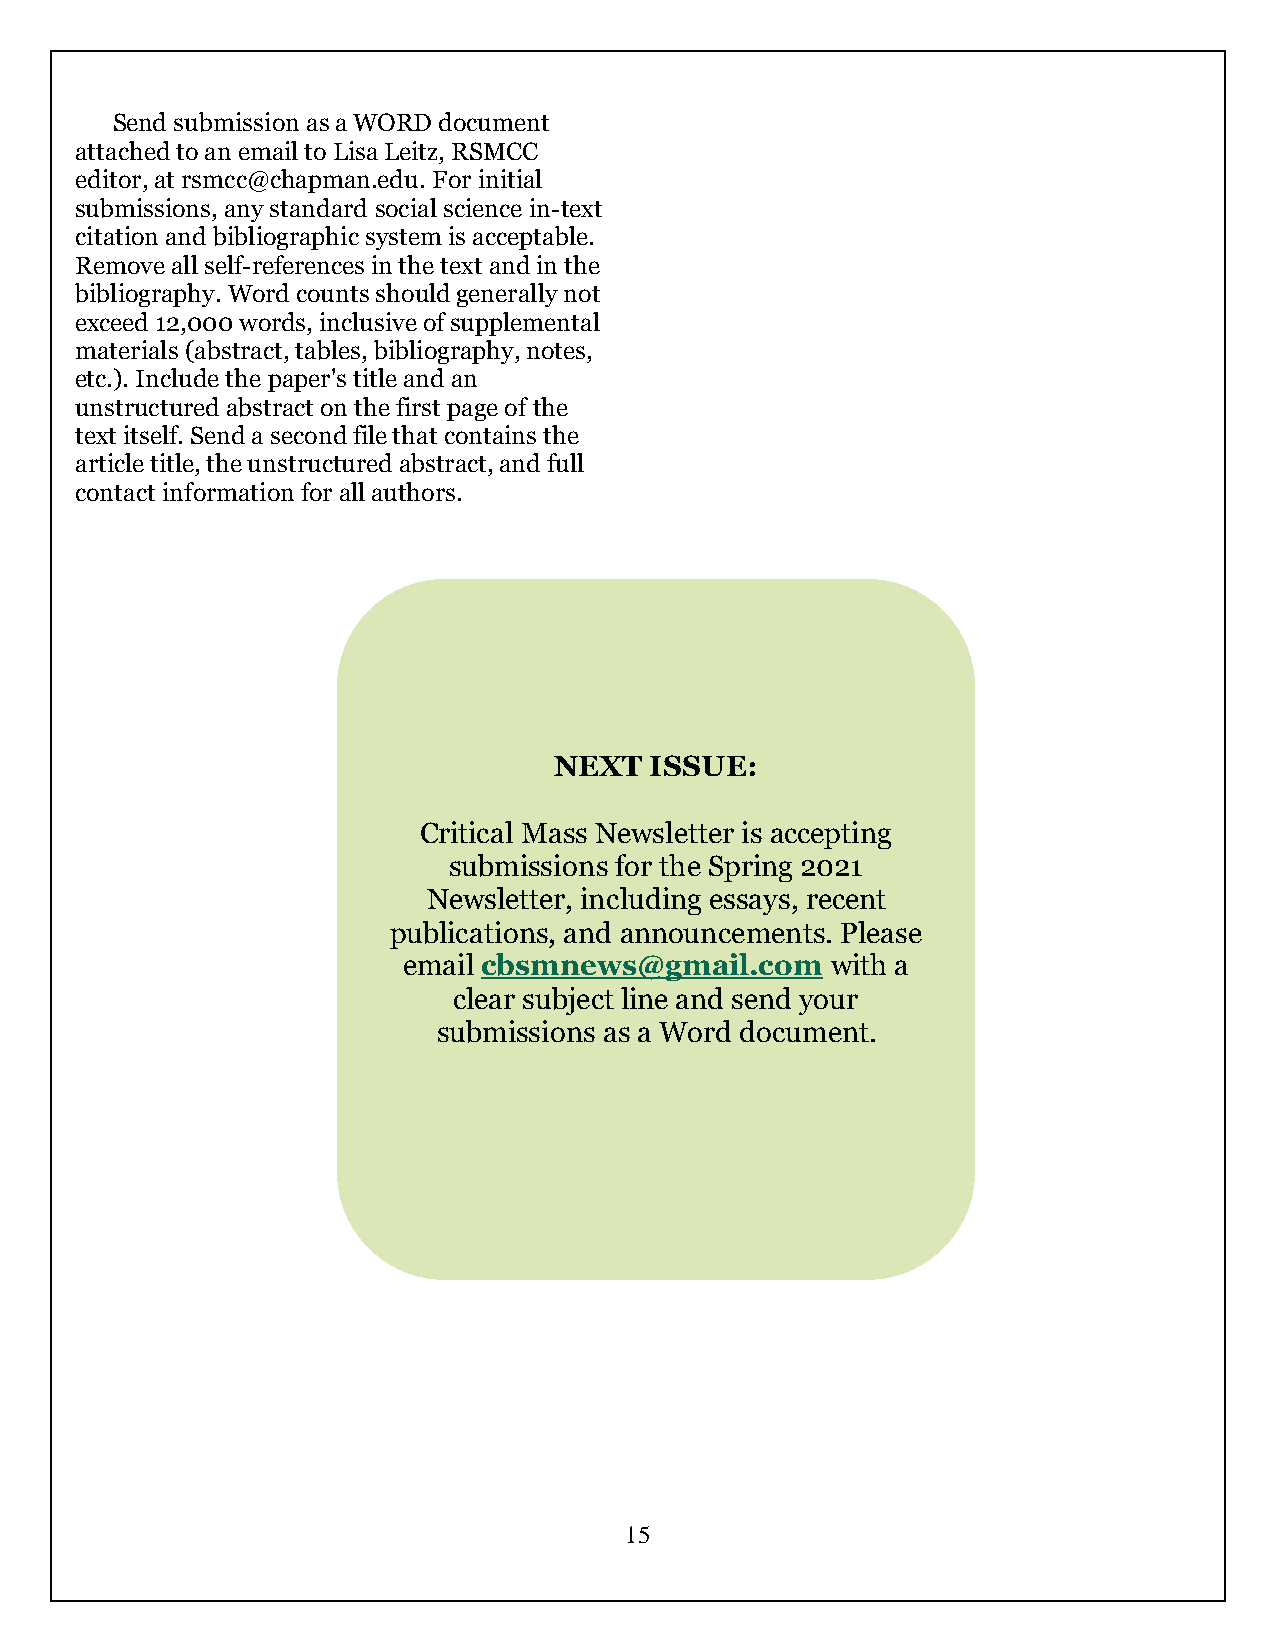
Send submission as a WORD document
 attached to an email to Lisa Leitz, RSMCC
 editor, at rsmcc@chapman.edu. For initial
 submissions, any standard social science in-text
 citation and bibliographic system is acceptable.
 Remove all self-references in the text and in the
 bibliography. Word counts should generally not
 exceed 12,000 words, inclusive of supplemental
 materials (abstract, tables, bibliography, notes,
 etc.). Include the paper's title and an
 unstructured abstract on the first page of the
 text itself. Send a second file that contains the
 article title, the unstructured abstract, and full
 contact information for all authors.
 NEXT  ISSUE:
 Critical Mass Newsletter is accepting
 submissions for the Spring 2021
 Newsletter, including essays, recent
 publications, and announcements. Please
 email cbsmnews@gmail.com    with a
 clear subject line and send your
 submissions as a Word document.
 15